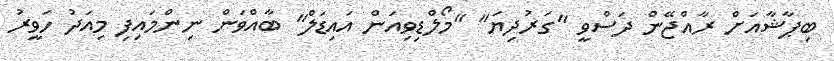
ބިޕާޝާއަށް ރާއްޖޭން ދަސްވީ "ގަރުދިޔަ" "މޯލްޑިވިއަން އައިޑަލް" ބާއްވަން ނިންމައިފި މިއަދު ހަވީރު